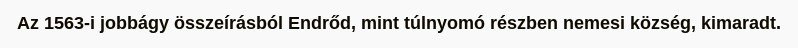
Az 1563-i jobbágy összeírásból Endrőd, mint túlnyomó részben nemesi község, kimaradt.